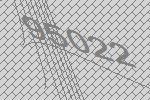
95022